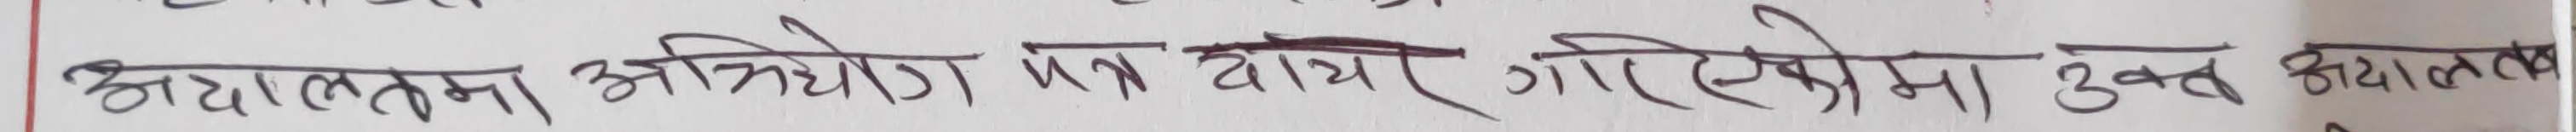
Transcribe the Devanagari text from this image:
अदालतमा अभियोग पत्र दायर गरिएकोमा उक्त अदालत